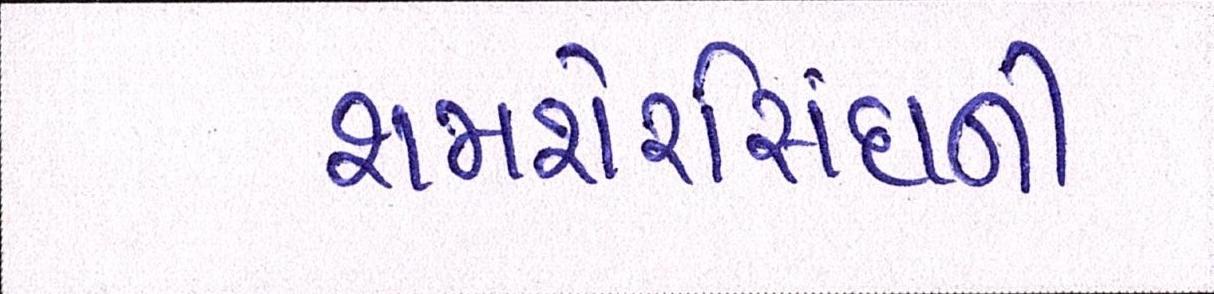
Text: શમશેરસિંઘની